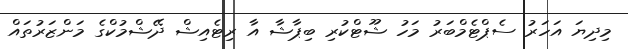
މިދިޔަ އަހަރު ސެޕްޓެމްބަރު މަހު ޝޫޓްކުރި ބިޕާޝާ އާ ރިޓެއިޝް ދޭޝްމުކްގެ މަންޒަރުތައް